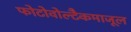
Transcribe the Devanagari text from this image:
फोटोवोल्टैकमाजूल